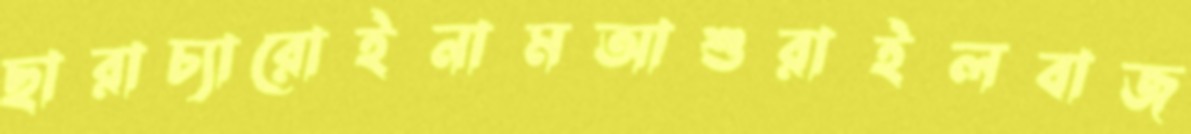
ছারাচ্যারোইনামআশুরাইলবাজ